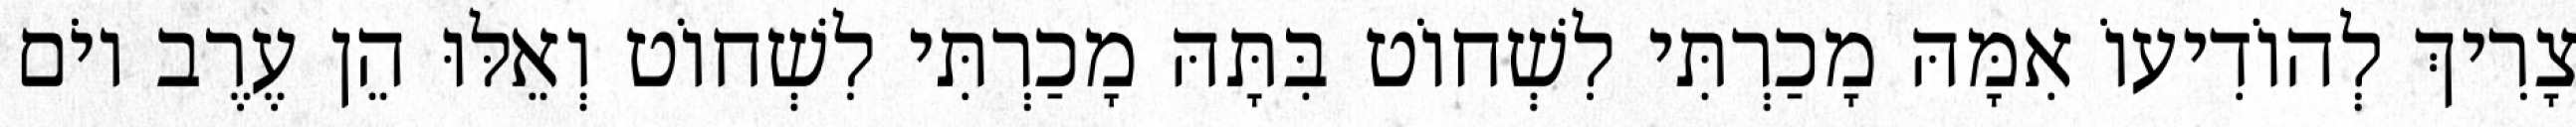
צָרִיךְ לְהוֹדִיעוֹ אִמָּהּ מָכַרְתִּי לִשְׁחוֹט בִּתָּהּ מָכַרְתִּי לִשְׁחוֹט וְאֵלּוּ הֵן עֶרֶב יוֹם